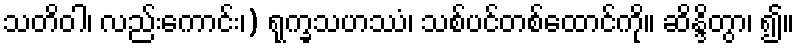
သတိဝါ၊ လည်းကောင်း၊) ရုက္ခသဟဿံ၊ သစ်ပင်တစ်ထောင်ကို။ ဆိန္ဒိတွာ၊ ၍။